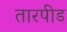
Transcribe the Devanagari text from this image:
तारपीड